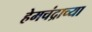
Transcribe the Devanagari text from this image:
हेमचंद्राच्या